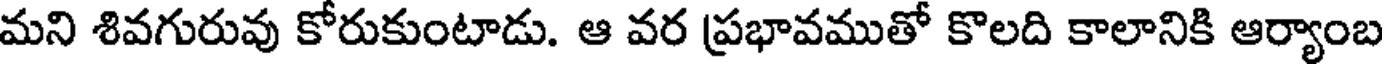
మని శివగురువు కోరుకుంటాడు. ఆ వర ప్రభావముతో కొలది కాలానికి ఆర్యాంబ